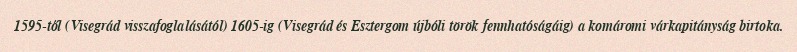
1595-től (Visegrád visszafoglalásától) 1605-ig (Visegrád és Esztergom újbóli török fennhatóságáig) a komáromi várkapitányság birtoka.